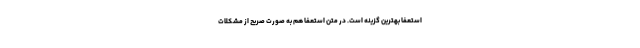
استعفا بهترین گزینه است. در متن استعفا هم به صورت صریح از مشکلات